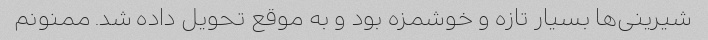
شیرینی‌ها بسیار تازه و خوشمزه بود و به موقع تحویل داده شد. ممنونم